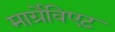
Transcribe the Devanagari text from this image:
मार्ग्रेविएट